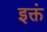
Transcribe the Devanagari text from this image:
इक्तं